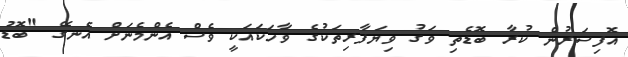
އޮފިސަރުން ކުރާ ބޮޑެތި ވަގު ވިޔަފާރިތަކުގެ ވާހަކައަކީ ވެސް އެންމެނަށް އެނގޭ "ބޮޑު